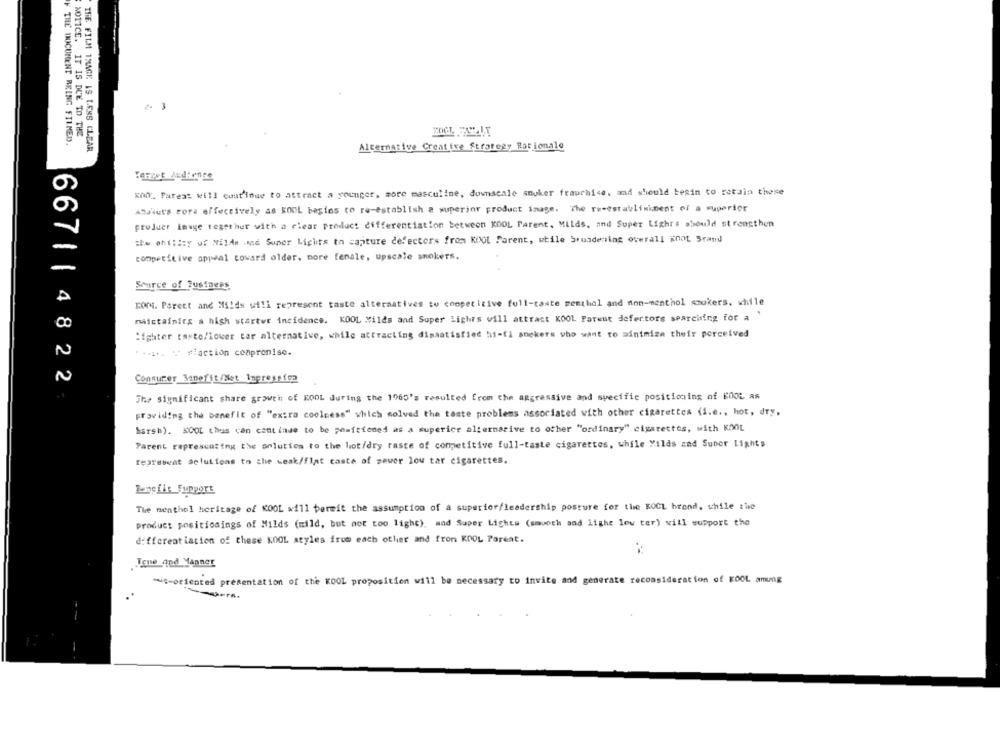
NOTICE. IT IS DUE TO THE
F THE DOCUMENT REING FILMED.
THE FILM IMAGE IS LESS CLEAR
Alternative Creative Strategy Ror ionale
KON. Parea: will continue to attract a younger, more masculine, downscale stuker fraurai4e, and should besin to retain these
Abdouts cora effectively as KOOL begins to re-establish a superior product image. The re-establishment of a superior
produer image together with a clear Product differentiation between KOOL Parent. Milds, and Super Lighra should strengthen
:hw ohility of NilAn .ME Super Lights to capture defecterx from KOOL Parent, while broadening overall KOOL 5rand
competitive appeal toward older, more fenale, upscale smokers.
Source of Business
KOMi. Parent and Mi!ds wili represent taste alternatives to competitive full-taste menthol and non-menthol smokers. while
maistaining a high startwr incidence. KOOL Wilds and Super Lights will attract KOOL Parent defectors searching for a
:ighter tasto/lower tar alternative, while attracting dissatisfied hi-fi sockers who want to ainimiza their porceived
.... - Fiaction compromise.
Consumer Benefit/Net Impression
667| |4822
The significant share growth of KOOL during the 1965's resulted from the aggressive and specific positioning of KOOL AS
providing the benefit of "extra coolness" which solved the taste problems associated with other cigarettes (i.e ., hot, dry,
Marsh). KOOL thus can continue to be positioned as a superior alternative to other "ordinary" cigarettes, with KOOL
Parent represcating the solution to the hot/dry raste of competitive full-taste cigarettes, while Yilds and Suber Lights
tepresent Solutions to the weak/flat caste of power lou tar cigarettes.
Lnefis Support
The nenthol heritage of KOOL will permit the assumption of a superior/leadership posture for the KOCL brond, while the
product positionings of Milds (mild, but not too light), mad Super Lights (smooth and light low ter) will support the
differentiation of these KOOL styles from each other and fron KOOL Pareat.
..
Tone and Manner
**- oriented presentation of the KOOL proposition will be necessary to invite and generate reconsideration of FOOL amung